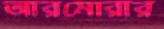
আরমোরার